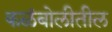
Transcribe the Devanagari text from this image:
कळंबोलीतील